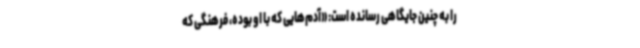
را به چنین جایگاهی رسانده است: «آدم‌هایی که با او بوده، فرهنگی که